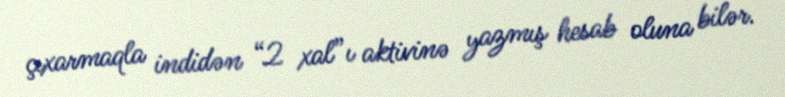
çıxarmaqla indidən “2 xal”ı aktivinə yazmış hesab oluna bilər.